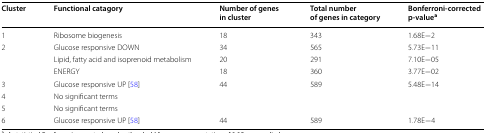
<table><thead><tr><td><b>Cluster</b></td><td><b>Functional catagory</b></td><td><b>Number of genes in cluster</b></td><td><b>Total number of genes in category</b></td><td><b>Bonferroni-corrected p-value<sup>a</sup></b></td></tr></thead><tbody><tr><td>1</td><td>Ribosome biogenesis</td><td>18</td><td>343</td><td>1.68E−2</td></tr><tr><td rowspan="3">2</td><td>Glucose responsive DOWN</td><td>34</td><td>565</td><td>5.73E−11</td></tr><tr><td>Lipid, fatty acid and isoprenoid metabolism</td><td>20</td><td>291</td><td>7.10E−05</td></tr><tr><td>ENERGY</td><td>18</td><td>360</td><td>3.77E−02</td></tr><tr><td>3</td><td>Glucose responsive UP [58]</td><td>44</td><td>589</td><td>5.48E−14</td></tr><tr><td>4</td><td>No significant terms</td><td></td><td></td><td></td></tr><tr><td>5</td><td>No significant terms</td><td></td><td></td><td></td></tr><tr><td>6</td><td>Glucose responsive UP [58]</td><td>44</td><td>589</td><td>1.78E−4</td></tr></tbody></table>